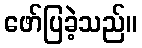
ဖော်ပြခဲ့သည်။